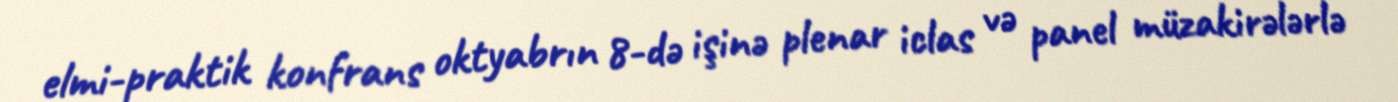
elmi-praktik konfrans oktyabrın 8-də işinə plenar iclas və panel müzakirələrlə